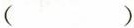
( )